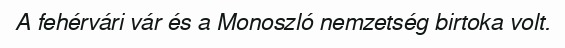
A fehérvári vár és a Monoszló nemzetség birtoka volt.